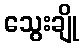
သွေးချို